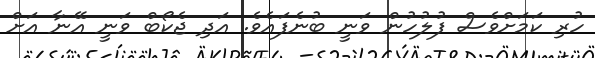
ހުރި ކަމަށްވެސް ފުލުހުން ވަނީ ބުނެފައެވެ. އަދި ޖެކޯބް ވަނީ އޭނާ އަށް